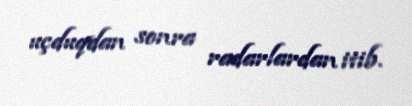
uçduqdan sonra radarlardan itib.